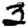
Digit: 3